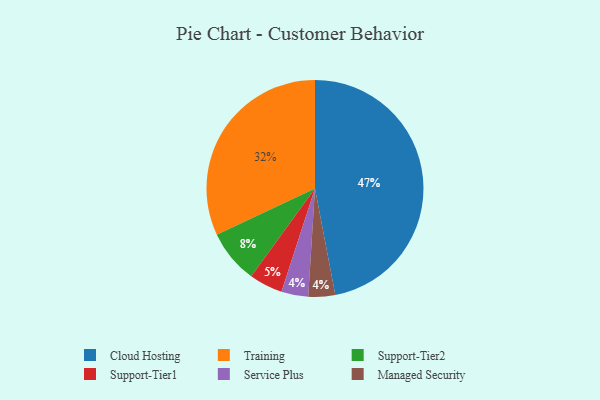
{"axis": {"x": "Category", "y": "Percentage"}, "legend": ["Cloud Hosting", "Managed Security", "Service Plus", "Support-Tier1", "Support-Tier2", "Training"], "data": [{"x": "Training", "y": 32, "type": "Training"}, {"x": "Service Plus", "y": 4, "type": "Service Plus"}, {"x": "Support-Tier2", "y": 8, "type": "Support-Tier2"}, {"x": "Managed Security", "y": 4, "type": "Managed Security"}, {"x": "Support-Tier1", "y": 5, "type": "Support-Tier1"}, {"x": "Cloud Hosting", "y": 47, "type": "Cloud Hosting"}]}